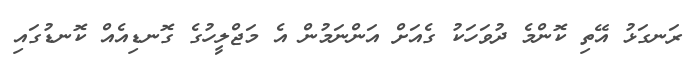
ރަނގަޅު އޭތި ކޮންމެ ދުވަހަކު ގެއަށް އަންނަމުން އެ މަޖްލީހުގެ ގޮނޑިއެއް ކޮނޑުގައި